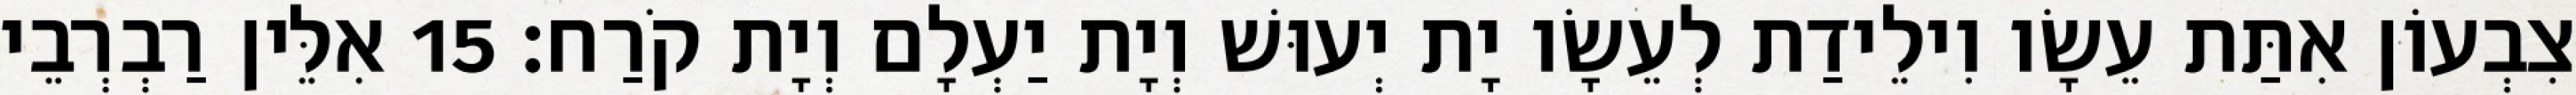
צִבְעוֹן אִתַּת עֵשָׂו וִילֵידַת לְעֵשָׂו יָת יְעוּשׁ וְיָת יַעְלָם וְיָת קֹרַח׃ 15 אִלֵּין רַבְרְבֵי